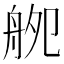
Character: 𦨨